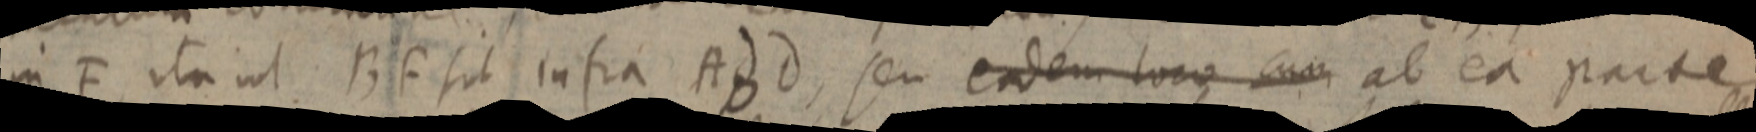
in F ita ut BF sit intra ABD, seu eadem loco cum ab ea parte